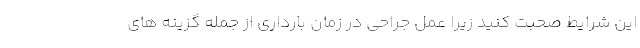
این شرایط صحبت کنید زیرا عمل جراحی در زمان بارداری از جمله گزینه های